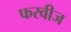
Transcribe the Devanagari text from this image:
फरवीज